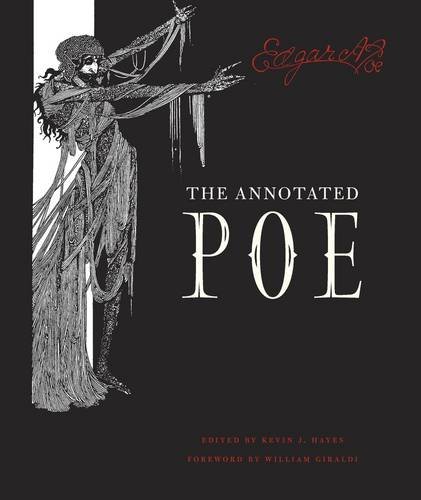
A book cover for The Annotated Poe; Edgar Allan Poe; Literature & Fiction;